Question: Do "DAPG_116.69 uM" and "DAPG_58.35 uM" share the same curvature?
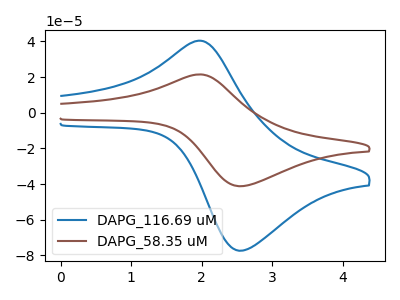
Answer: <think>The blue curve "DAPG_116.69 uM" has an anodic peak at (1.95V, 40.35uA) and a cathodic peak at (2.55V, -77.30uA). The brown curve "DAPG_58.35 uM" has an anodic peak at (1.95V, 21.50uA) and a cathodic peak at (2.55V, -41.15uA).
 All the peaks in "DAPG_116.69 uM" have a peak in "DAPG_58.35 uM" at the same potential. Every peak in "DAPG_116.69 uM" is higher than every peak in "DAPG_58.35 uM".</think>
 <answer>"DAPG_116.69 uM" and "DAPG_58.35 uM" are similar in shape.</answer>
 <eval>same_shape</eval>